FBI Photo B4
Agency: FBI
Incident date: Late 2025
Incident location: Western United States
Page 1
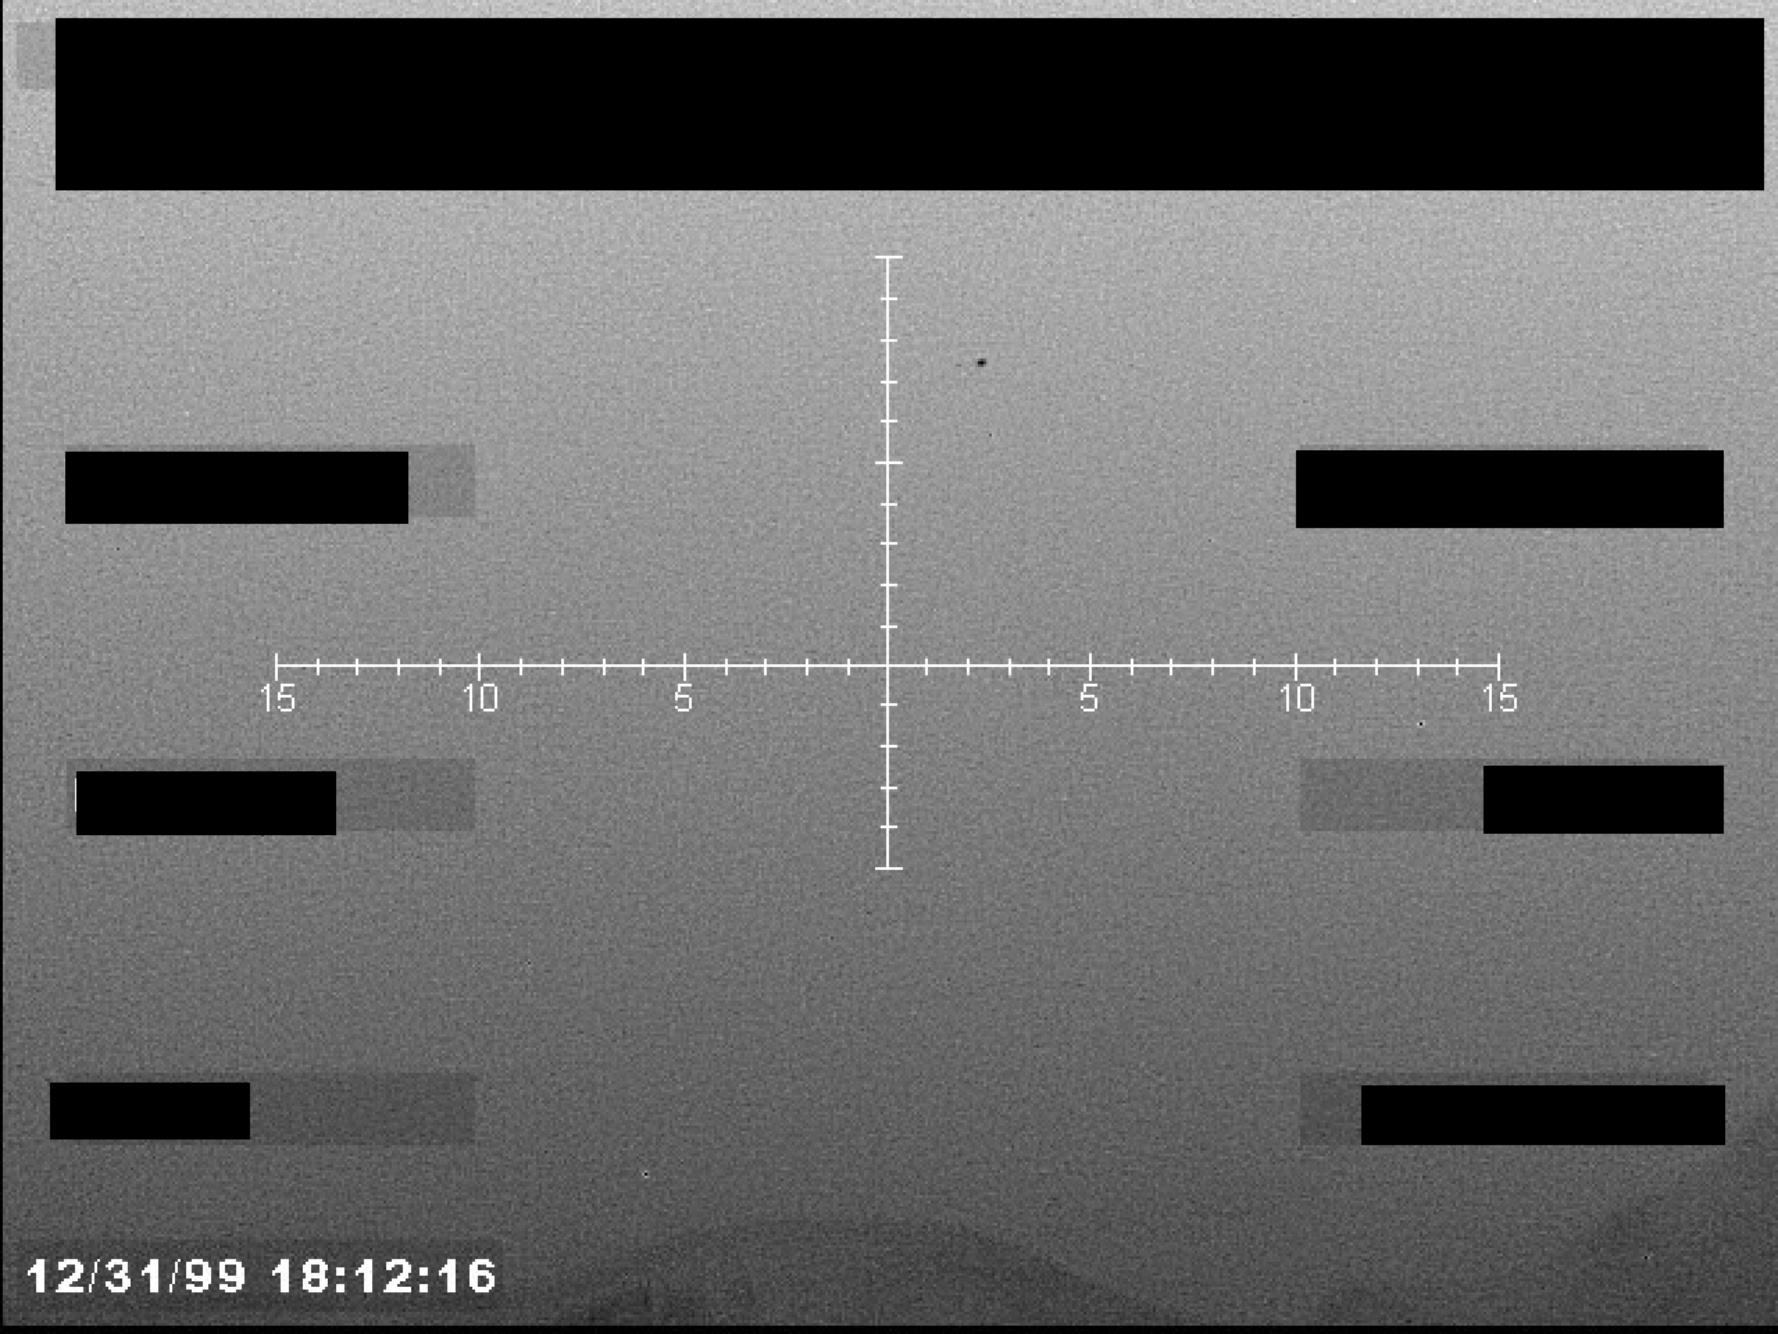